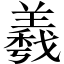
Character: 羲